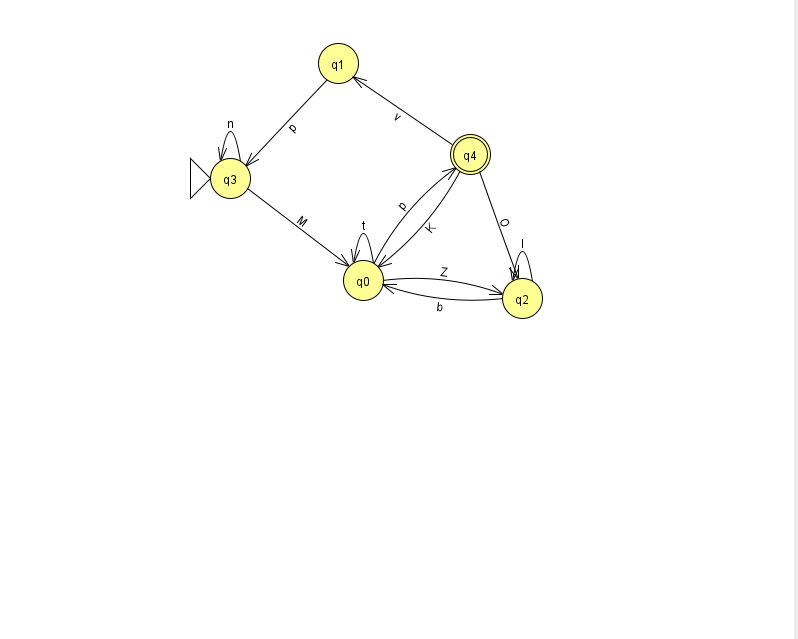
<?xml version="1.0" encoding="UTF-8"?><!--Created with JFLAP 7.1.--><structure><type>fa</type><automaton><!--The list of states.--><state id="0" name="q0"><x>363.0</x><y>267.0</y></state><state id="1" name="q1"><x>338.0</x><y>50.0</y></state><state id="2" name="q2"><x>522.0</x><y>285.0</y></state><state id="3" name="q3"><x>230.0</x><y>165.0</y><initial/></state><state id="4" name="q4"><x>470.0</x><y>141.0</y><final/></state><!--The list of transitions.--><transition><from>4</from><to>1</to><read>v</read></transition><transition><from>0</from><to>0</to><read>t</read></transition><transition><from>4</from><to>0</to><read>K</read></transition><transition><from>4</from><to>2</to><read>O</read></transition><transition><from>2</from><to>0</to><read>b</read></transition><transition><from>2</from><to>2</to><read>I</read></transition><transition><from>3</from><to>0</to><read>M</read></transition><transition><from>0</from><to>2</to><read>Z</read></transition><transition><from>3</from><to>3</to><read>n</read></transition><transition><from>0</from><to>4</to><read>p</read></transition><transition><from>1</from><to>3</to><read>p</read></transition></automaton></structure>